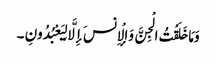
وَمَا خَلَقْتُ الْجِنَّ وَالْإِنسَ إِلَّا لِیَعْبُدُونِ ۔